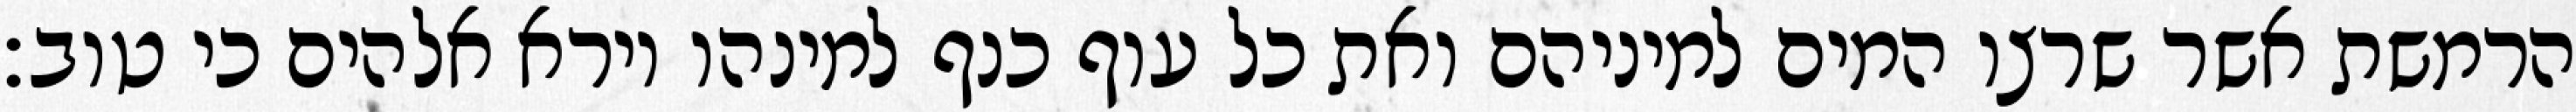
הרמשת אשר שרצו המים למיניהם ואת כל עוף כנף למינהו וירא אלהים כי טוב׃